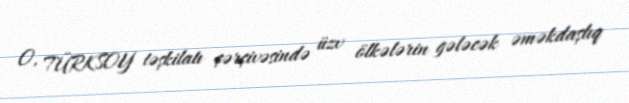
O, TÜRKSOY təşkilatı çərçivəsində üzv ölkələrin gələcək əməkdaşlıq